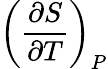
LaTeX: \left({\frac{\partial S}{\partial T}}\right)_{P}